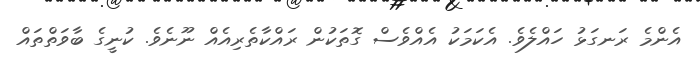
އެންމެ ރަނގަޅު ހައްލެވެ. އެކަމަކު އެއްވެސް ގޮތަކުން ރައްކާތެރިއެއް ނޫނެވެ. ކުނީގެ ބާވަތްތައް